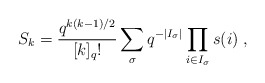
\begin{align*}S_{k}=\frac{q^{k(k-1)/2}}{[k]_{q}!}\sum_{\sigma}q^{-|I_{\sigma}|}\prod_{i\in I_{\sigma}}s(i)\;,\end{align*}